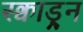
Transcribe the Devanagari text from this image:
स्क्वाड्र्न